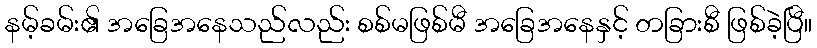
နမ့်ခမ်း၏ အခြေအနေသည်လည်း စစ်မဖြစ်မီ အခြေအနေနှင့် တခြားစီ ဖြစ်ခဲ့ပြီ။